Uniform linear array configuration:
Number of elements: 4
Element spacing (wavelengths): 0.25
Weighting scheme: hamming
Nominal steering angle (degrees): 0
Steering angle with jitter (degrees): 1.595
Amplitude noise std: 0.05
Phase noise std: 0.05

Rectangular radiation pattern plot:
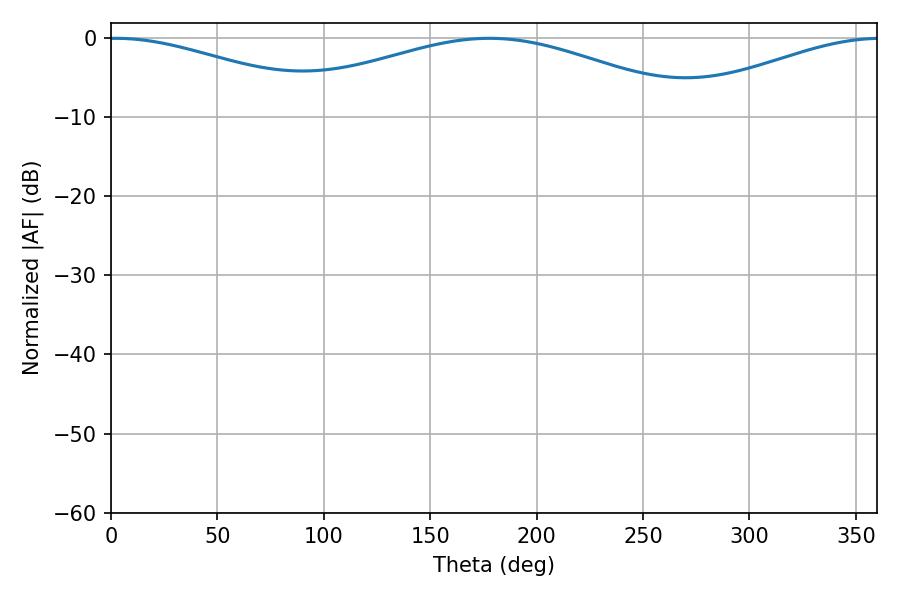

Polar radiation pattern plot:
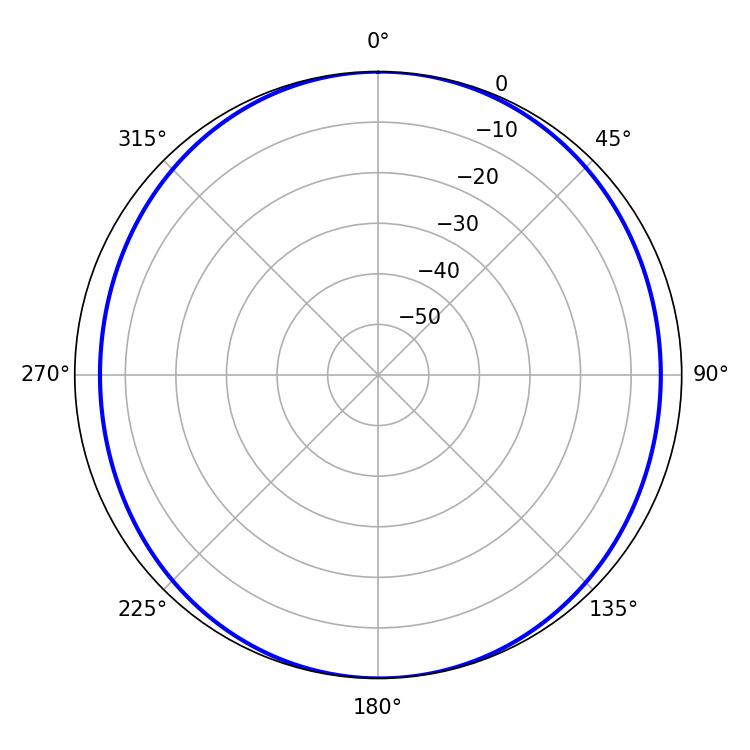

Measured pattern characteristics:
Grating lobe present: FALSE
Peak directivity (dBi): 11.69
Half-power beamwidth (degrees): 59.4
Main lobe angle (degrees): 2.16